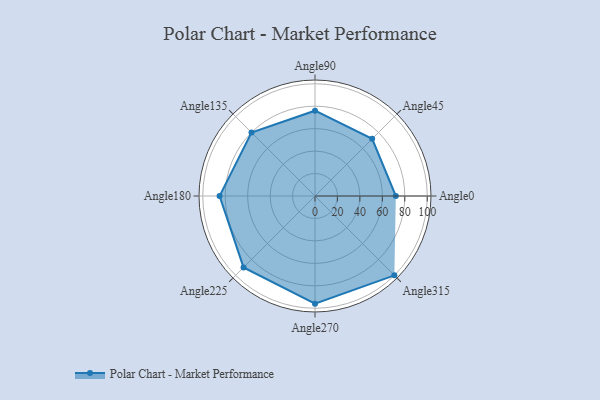
{"axis": {"x": "Angle", "y": "Radius"}, "legend": [""], "data": [{"x": "Angle0", "y": 72.0, "type": ""}, {"x": "Angle45", "y": 72.0, "type": ""}, {"x": "Angle90", "y": 76.0, "type": ""}, {"x": "Angle135", "y": 80.0, "type": ""}, {"x": "Angle180", "y": 85.0, "type": ""}, {"x": "Angle225", "y": 90.0, "type": ""}, {"x": "Angle270", "y": 96.0, "type": ""}, {"x": "Angle315", "y": 100.0, "type": ""}]}